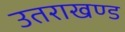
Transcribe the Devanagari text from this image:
उतराखण्ड